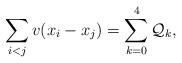
LaTeX: \begin{align*}\sum_{i<j}v(x_i-x_j) = \sum_{k=0}^4 \mathcal Q_k,\end{align*}